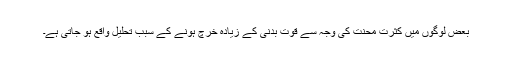
بعض لوگوں میں کثرتِ محنت کی وجہ سے قوت بدنی کے زیادہ خرچ ہونے کے سبب تحلیل واقع ہو جاتی ہے۔